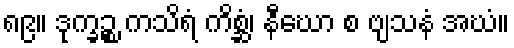
၈၉။ ဒုက္ခဉ္စ ကသိရံ ကိစ္ဆံ၊ နီဃော စ ဗျသနံ အဃံ။